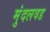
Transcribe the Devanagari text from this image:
मुंदलवड